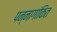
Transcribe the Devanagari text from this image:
पन्नागांकित